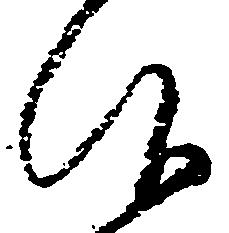
仰